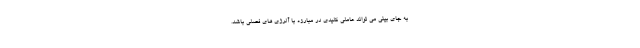
به جای بینی می تواند عاملی کلیدی در مبارزه با آلرژی های فصلی باشد.